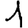
Digit: 1